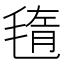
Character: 𣮲